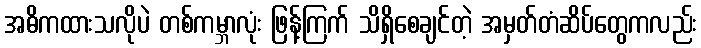
အဓိကထားသလိုပဲ တစ်ကမ္ဘာလုံး ဖြန့်ကြက် သိရှိစေချင်တဲ့ အမှတ်တံဆိပ်တွေကလည်း